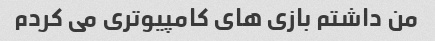
من داشتم بازی های کامپیوتری می کردم